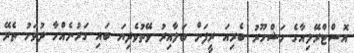
އޮސްޓްރޭލިއާގެ މަޝްހޫރު ބެރިއަ ރީފަށް ބަލާއިރު ވޭތުވެދިޔަ ބައި ގަރުނެއްހާ ދުވަހު ތެރޭ